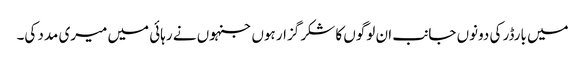
میں بارڈر کی دونوں جانب ان لوگوں کا شکر گزار ہوں جنہوں نے رہائی میں میری مدد کی۔